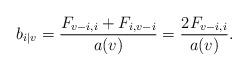
LaTeX: \begin{align*} b_{i|v} = \frac{F_{v-i,i}+F_{i,v-i}}{a(v)} = \frac{2F_{v-i,i}}{a(v)} . \end{align*}